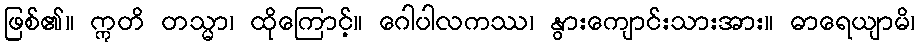
ဖြစ်၏။ ဣတိ တသ္မာ၊ ထိုကြောင့်။ ဂေါပါလကဿ၊ နွားကျောင်းသားအား။ ဓာရေယျာမိ၊